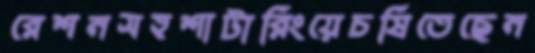
রেশনসহশাটারিংয়েচষিতেছেন